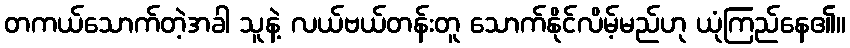
တကယ်သောက်တဲ့အခါ သူနဲ့ လယ်ဗယ်တန်းတူ သောက်နိုင်လိမ့်မည်ဟု ယုံကြည်နေ၏။